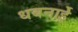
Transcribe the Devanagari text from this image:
धबनाईे